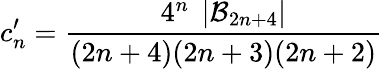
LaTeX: c_{n}^{\prime}=\frac{4^{n}\; \left|{\cal B}_{2n+4}\right|}{(2n+4)(2n+3)(2n+2)}